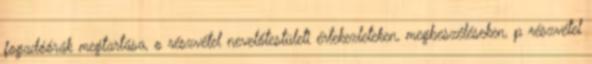
fogadóórák megtartása, o részvétel nevelőtestületi értekezleteken, megbeszéléseken, p részvétel